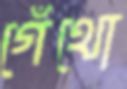
গেঁথো